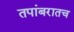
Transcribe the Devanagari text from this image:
तपांबरातच